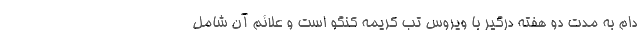
دام به مدت دو هفته درگیر با ویروس تب کریمه کنگو است و علائم آن شامل